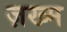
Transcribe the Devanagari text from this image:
ज़ख्‍म